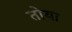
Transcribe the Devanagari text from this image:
तोथा